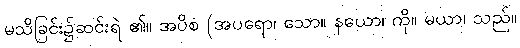
မသိခြင်း၌ဆင်းရဲ ၏။ အပိစ (အပရော၊ သော။ နယော၊ ကို။ မယာ၊ သည်။